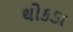
થોકડા